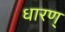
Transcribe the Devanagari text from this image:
धारण्